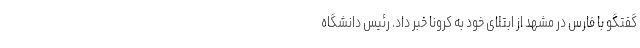
گفتگو با فارس در مشهد از ابتلای خود به کرونا خبر داد. رئیس دانشگاه